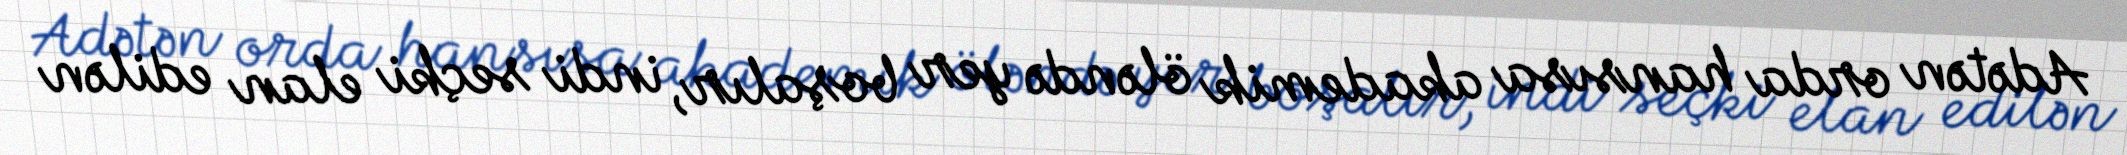
Adətən orda hansısa akademik öləndə yer boşalır, indi seçki elan edilən